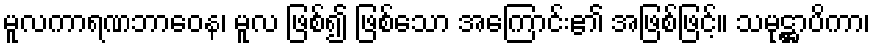
မူလကာရဏဘာဝေန၊ မူလ ဖြစ်၍ ဖြစ်သော အကြောင်း၏ အဖြစ်ဖြင့်။ သမုဋ္ဌာပိကာ၊